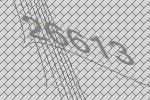
26613